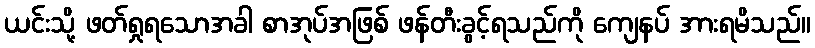
ယင်းသို့ ဖတ်ရှုရသောအခါ စာအုပ်အဖြစ် ဖန်တီးခွင့်ရသည်ကို ကျေနပ် အားရမိသည်။